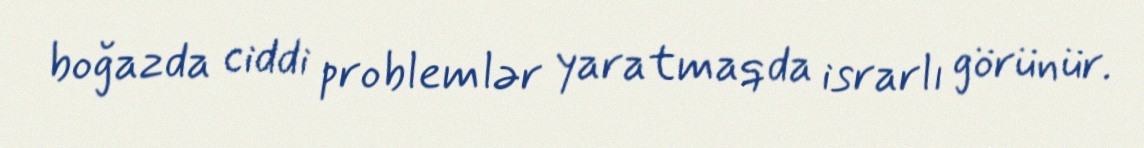
boğazda ciddi problemlər yaratmaqda israrlı görünür.